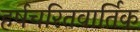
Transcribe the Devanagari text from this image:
हर्षचरितवार्तिक